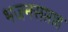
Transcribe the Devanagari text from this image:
भजनसप्ताह